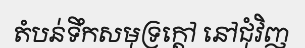
តំបន់ទឹកសមុទ្រក្តៅ នៅជុំវិញ